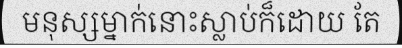
មនុស្សម្នាក់នោះស្លាប់ក៏ដោយ តែ